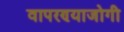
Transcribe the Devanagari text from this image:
वापरण्याजोगी